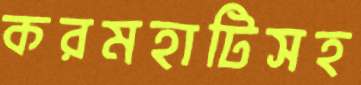
করমহাটিসহ